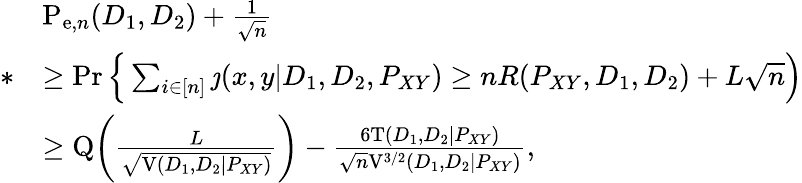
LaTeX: \begin{array}{rl}&{\mathrm{P}_{\mathrm{e},n}(D_{1},D_{2})+\frac{1}{\sqrt{n}}}\\ {*}&{\geq\operatorname*{Pr}\Big\{ \sum_{i\in[n]}\jmath(x,y|D_{1},D_{2},P_{XY})\geq nR(P_{XY},D_{1},D_{2})+L\sqrt{n}\Big)}\\ &{\geq\mathrm{Q}\bigg(\frac{L}{\sqrt{\mathrm{V}(D_{1},D_{2}|P_{XY})}}\bigg)-\frac{6\mathrm{T}(D_{1},D_{2}|P_{XY})}{\sqrt{n}\mathrm{V}^{3/2}(D_{1},D_{2}|P_{XY})},}\end{array}